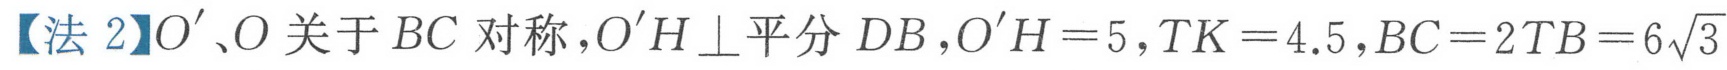
【法2】$O'、O$关于$BC$对称，$O'H\perp$平分$DB$，$O'H = 5$，$TK = 4.5$，$BC = 2TB = 6\sqrt{3}$